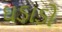
ઘડાડો